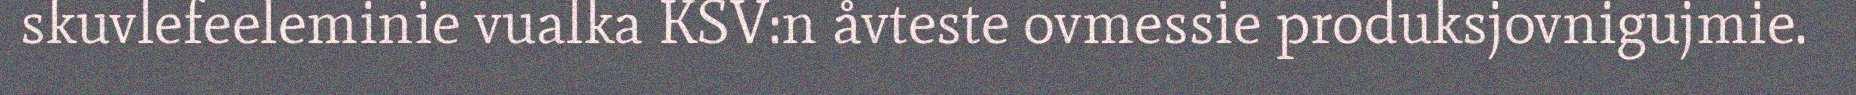
skuvlefeeleminie vualka KSV:n åvteste ovmessie produksjovnigujmie.